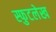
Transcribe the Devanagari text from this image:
स्फुटलेख